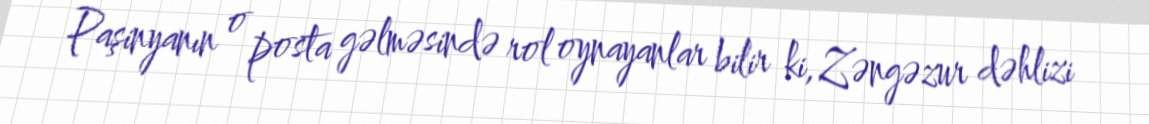
Paşinyanın o posta gəlməsində rol oynayanlar bilir ki, Zəngəzur dəhlizi